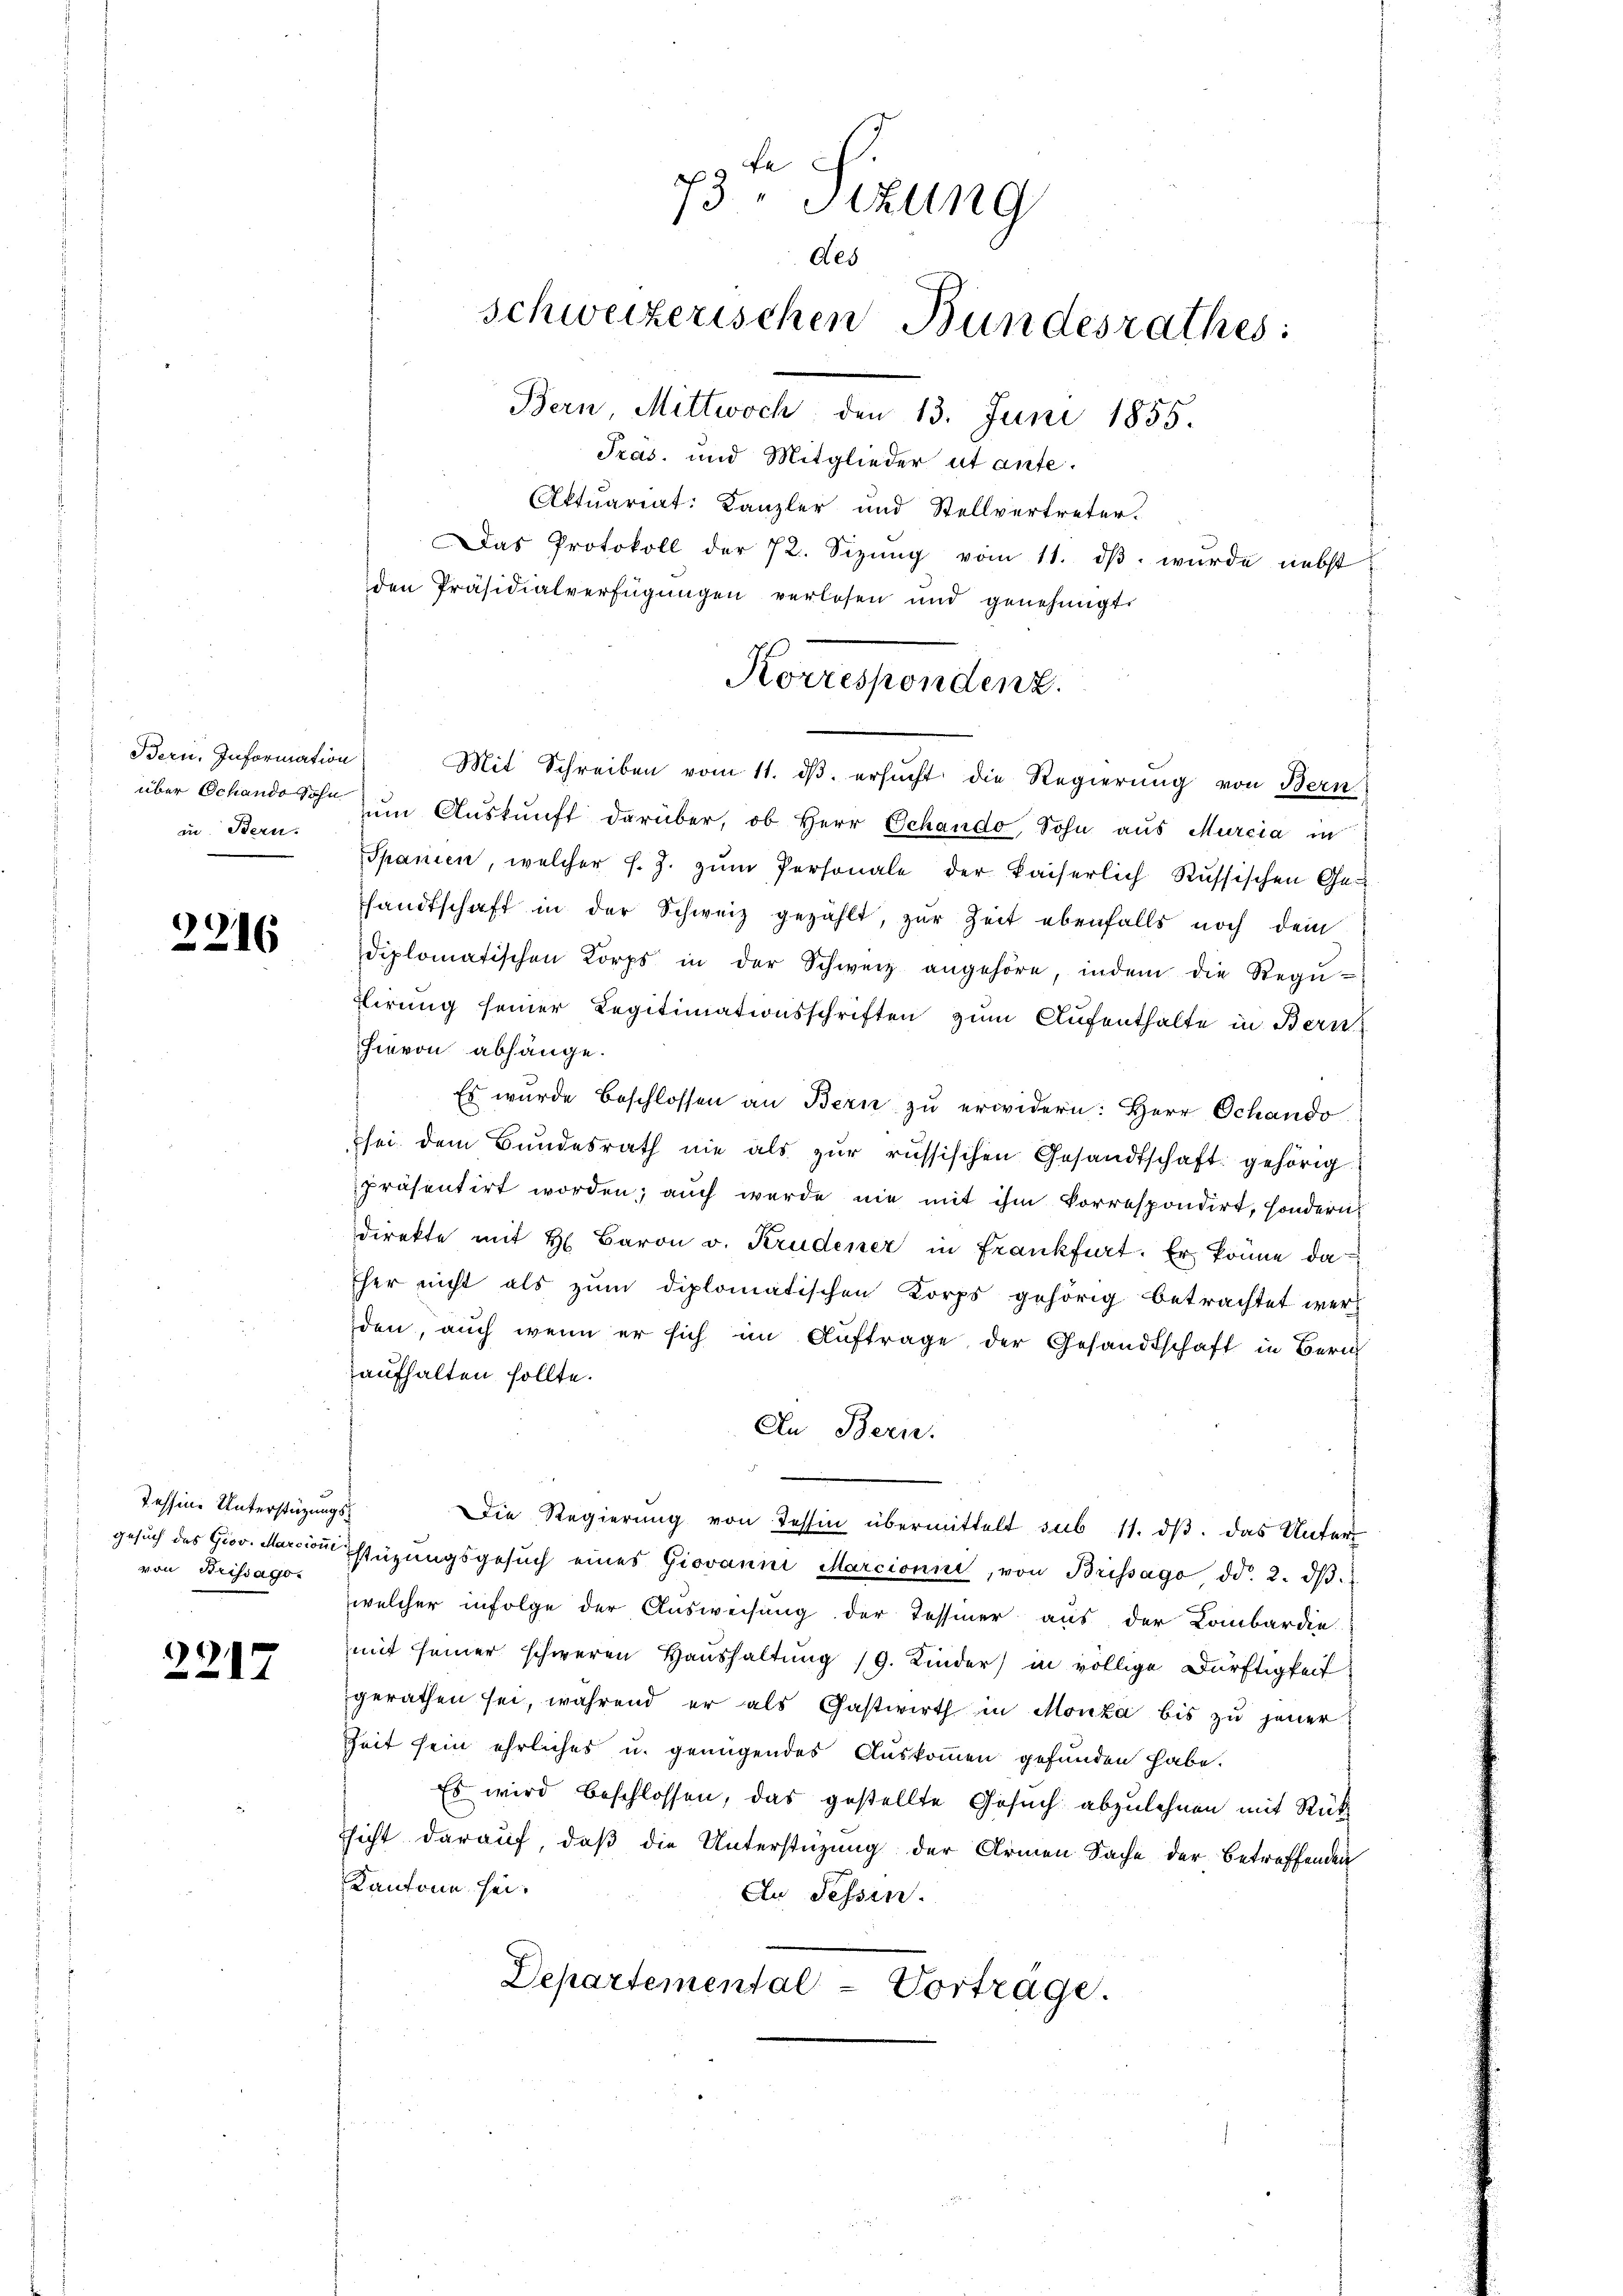
Bern. Information)
in Bern.

2216

Tessine Unterstüzungsvon Brissago.

2217

pte S.
3 Sizung
des
schweizerischen Bundesrathes:
Bern, Mittwoch, den 13. Juni 1855.
Pras. und Mitglieder ut ante.

Aktuariat: Kanzler und Stellvertreter.
Das Protokoll der 72. Sizŭng vom 11. dβ. wurde nebst
den Präsidialverfügungen verlesen und genehmigt.
Mit Schreiben vom 11. ds. ersucht die Regierung von Bern
über Schandos um Auskunft darüber, ob Herr Schando, Sohn aus Murcia in
Spanien, welcher s. Z. zŭm Personale der kaiserlich Russischen Ge-
handtschaft in der Schweiz gezählt, zur Zeit ebenfalls noch dem
diplomatischen Korps in der Schweiz angehöre, indem die Regŭ-
tirung seiner Legitimationsschriften zum Aufenthalte in Bern
Hievon abhänge.
Es wurde Beschlossen an Bern zu erwidern: Herr Schando
sei dem Bundesrath nie als zŭr russischen Gesandtschaft gehörig
präsentirt worden; auch wurde nie mit ihm korrespondirt, sondern
direkte mit H. Baron v. Krudener in Frankfurt. Er könne da¬
Eher nicht als zum diplomatischen Korps gehörig betrachtet werd
den, auch wenn er sich im Auftrage der Gesandtschaft in Zürich
aufhalten sollte.
An Bern.
Die Regierung von Tessin übermittelt sub 11. ds. das Unter
gesuch des Grov. Marcion stüzungsgesŭch eines Giovanni Marcionni, von Brissago dd. 2. dβ.
welcher infolge der Ausweisung der Tessiner aus der Lombardie
mit seiner schweren Haushaltung /9. Kinder) in völlige Dürftigkeit
gerathen sei, während er als Gastwirth in Monza bis zu jener
Zeit sein ehrliches u. genügendes Auskommen gefunden habe.
Es wird beschlossen, das gestellte Gesuch abzulehnen mit Rück
hicht darauf, daß die Unterstüzung der Armen Sache der betreffenden
Kantone sei.
An Fessen.
Departemental-Vorträge.

Korrespondenz.